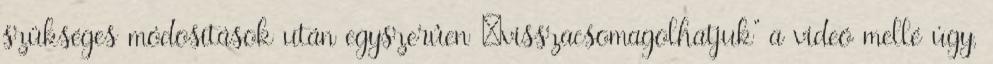
szükséges módosítások után egyszerûen „visszacsomagolhatjuk” a videó mellé úgy,